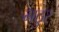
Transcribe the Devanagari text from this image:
भठुर